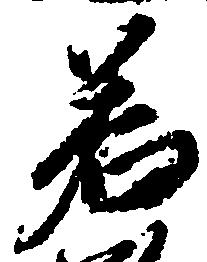
若